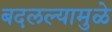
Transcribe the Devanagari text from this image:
बदलल्यामुळे